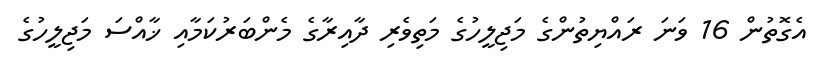
އެގޮތުން 16 ވަނަ ރައްޔިތުންގެ މަޖިލީހުގެ މަތިވެރި ދާއިރާގެ މެންބަރުކަމާއި ޚާއްސަ މަޖިލީހުގެ